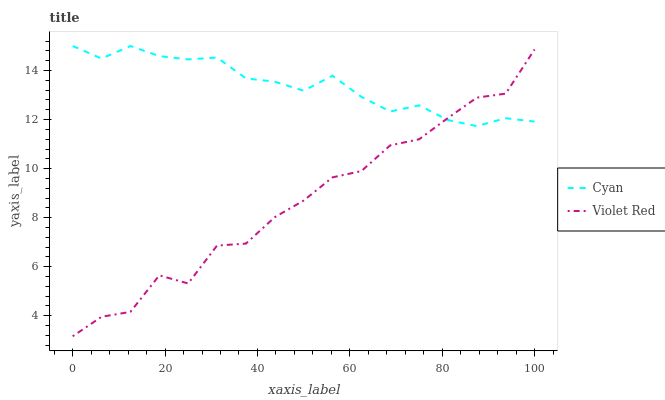
| xaxis_label | Cyan | Violet Red |
 | --- | --- | --- |
 | 0 | 15 | 3.16 |
 | 6.25 | 14.5 | 3.96 |
 | 12.5 | 15 | 4.16 |
 | 18.8 | 14.6 | 5.65 |
 | 25 | 14.5 | 5.32 |
 | 31.2 | 14.5 | 6.86 |
 | 37.5 | 13.7 | 6.94 |
 | 43.8 | 13.5 | 8.02 |
 | 50 | 13.2 | 8.7 |
 | 56.2 | 13.8 | 9.64 |
 | 62.5 | 12.9 | 9.9 |
 | 68.8 | 12.3 | 10.9 |
 | 75 | 12.6 | 11.2 |
 | 81.2 | 12 | 12.1 |
 | 87.5 | 11.7 | 12.9 |
 | 93.8 | 12.1 | 13.1 |
 | 100 | 11.9 | 14.9 |